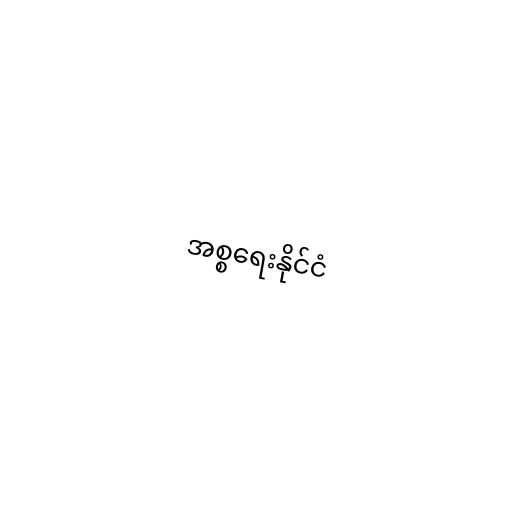
အစ္စရေးနိုင်ငံ